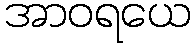
အာဝရယေ